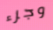
وجزء